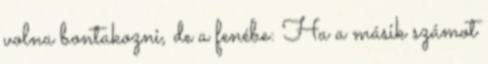
volna bontakozni, de a fenébe: Ha a másik számot